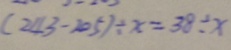
( 2 4 3 - 2 0 5 ) \div x = 3 8 \div x